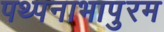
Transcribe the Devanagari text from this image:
पथ्पनाभापुरम